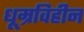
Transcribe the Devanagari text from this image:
धूम्रविहीन